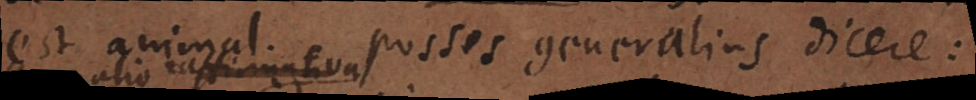
est animal. Posses generalius dicere: